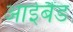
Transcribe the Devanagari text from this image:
आईबैंड